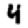
Digit: 4